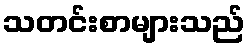
သတင်းစာများသည်